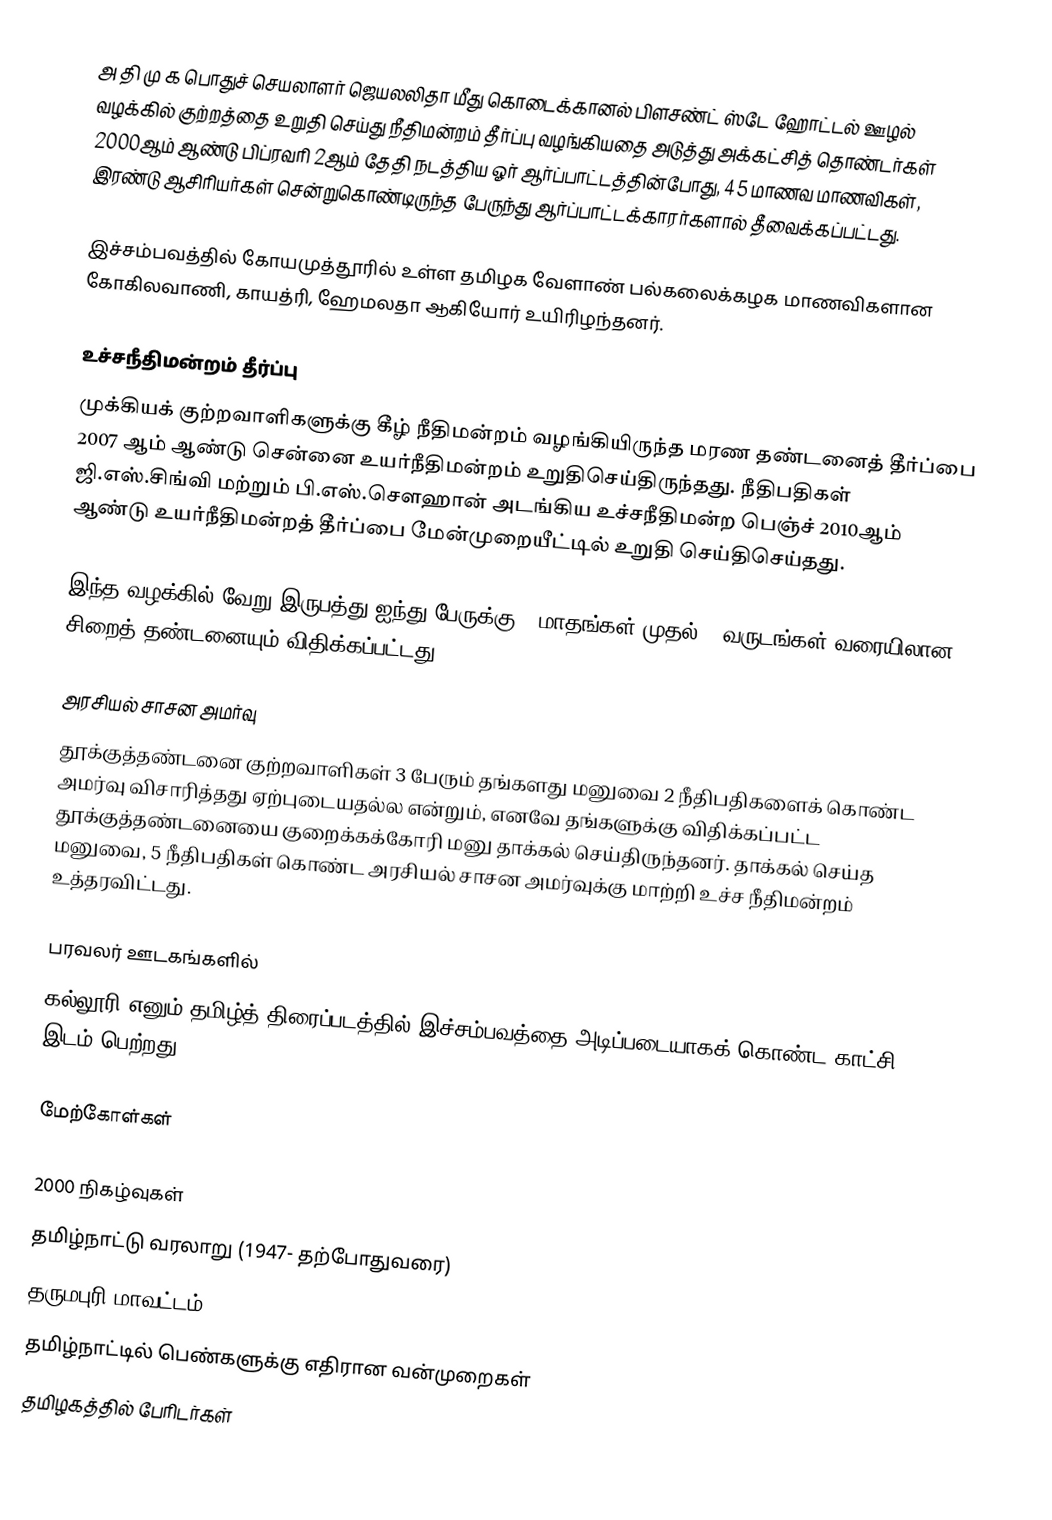
அ தி மு க பொதுச் செயலாளர் ஜெயலலிதா மீது கொடைக்கானல் பிளசண்ட் ஸ்டே ஹோட்டல் ஊழல் வழக்கில் குற்றத்தை உறுதி செய்து நீதிமன்றம் தீர்ப்பு வழங்கியதை அடுத்து அக்கட்சித் தொண்டர்கள் 2000ஆம் ஆண்டு பிப்ரவரி 2ஆம் தேதி நடத்திய ஓர் ஆர்ப்பாட்டத்தின்போது, 45 மாணவ மாணவிகள், இரண்டு ஆசிரியர்கள் சென்றுகொண்டிருந்த பேருந்து ஆர்ப்பாட்டக்காரர்களால் தீவைக்கப்பட்டது.

இச்சம்பவத்தில் கோயமுத்தூரில் உள்ள தமிழக வேளாண் பல்கலைக்கழக மாணவிகளான கோகிலவாணி, காயத்ரி, ஹேமலதா ஆகியோர் உயிரிழந்தனர்.

உச்சநீதிமன்றம் தீர்ப்பு
முக்கியக் குற்றவாளிகளுக்கு கீழ் நீதிமன்றம் வழங்கியிருந்த மரண தண்டனைத் தீர்ப்பை 2007 ஆம் ஆண்டு சென்னை உயர்நீதிமன்றம் உறுதிசெய்திருந்தது. நீதிபதிகள் ஜி.எஸ்.சிங்வி மற்றும் பி.எஸ்.சௌஹான் அடங்கிய உச்சநீதிமன்ற பெஞ்ச் 2010ஆம் ஆண்டு உயர்நீதிமன்றத் தீர்ப்பை மேன்முறையீட்டில் உறுதி செய்திசெய்தது.

இந்த வழக்கில் வேறு இருபத்து ஐந்து பேருக்கு 2 மாதங்கள் முதல் 2 வருடங்கள் வரையிலான சிறைத் தண்டனையும் விதிக்கப்பட்டது.

அரசியல் சாசன அமர்வு
தூக்குத்தண்டனை குற்றவாளிகள் 3 பேரும் தங்களது மனுவை 2 நீதிபதிகளைக் கொண்ட அமர்வு விசாரித்தது ஏற்புடையதல்ல என்றும், எனவே தங்களுக்கு விதிக்கப்பட்ட தூக்குத்தண்டனையை குறைக்கக்கோரி மனு தாக்கல் செய்திருந்தனர். தாக்கல் செய்த மனுவை, 5 நீதிபதிகள் கொண்ட அரசியல் சாசன அமர்வுக்கு மாற்றி உச்ச நீதிமன்றம் உத்தரவிட்டது.

பரவலர் ஊடகங்களில்
கல்லூரி எனும் தமிழ்த் திரைப்படத்தில் இச்சம்பவத்தை அடிப்படையாகக் கொண்ட காட்சி இடம் பெற்றது.

மேற்கோள்கள்

2000 நிகழ்வுகள்
தமிழ்நாட்டு வரலாறு (1947- தற்போதுவரை)
தருமபுரி மாவட்டம்
தமிழ்நாட்டில் பெண்களுக்கு எதிரான வன்முறைகள்
தமிழகத்தில் பேரிடர்கள்